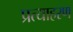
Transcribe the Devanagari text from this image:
प्रत्याहरण